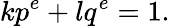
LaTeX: kp^{e}+lq^{e}=1.